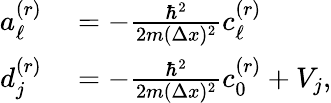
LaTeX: \begin{array}{rl}{a_{\ell}^{(r)}}&{{}=-\frac{\hbar^{2}}{2m(\Delta x)^{2}}c_{\ell}^{(r)}}\\ {d_{j}^{(r)}}&{{}=-\frac{\hbar^{2}}{2m(\Delta x)^{2}}c_{0}^{(r)}+V_{j},}\end{array}